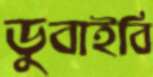
ডুবাইবি